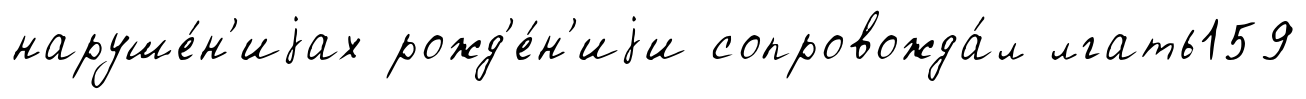
наруше́н'иjах рожд'е́н'иjи сопровожда́л лгать159